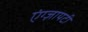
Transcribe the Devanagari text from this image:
एंग्ज़ायटी